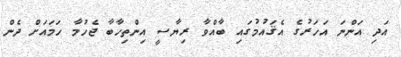
އަދި އަންނަ އަހަރުގެ އެޤައުމުގައި ބާއްވާ ރިޔާސީ އިންތިހާބާ ޖެހުމާ ހަމައަށް ދެން